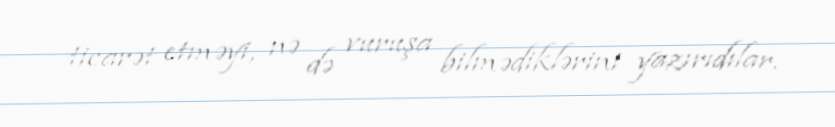
ticarət etməyi, nə də vuruşa bilmədiklərini yazırıdılar.